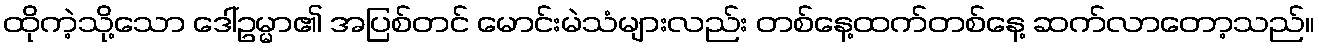
ထိုကဲ့သို့သော ဒေါ်ဥမ္မာ၏ အပြစ်တင် မောင်းမဲသံများလည်း တစ်နေ့ထက်တစ်နေ့ ဆက်လာတော့သည်။